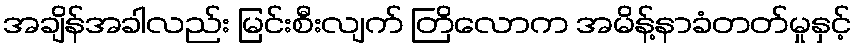
အချိန်အခါလည်း မြင်းစီးလျက် တြိလောက အမိန့်နာခံတတ်မှုနှင့်